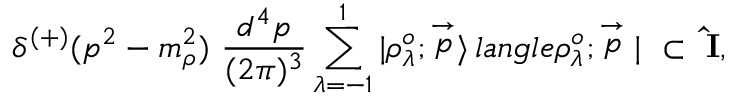
\delta ^ { ( + ) } ( p ^ { 2 } - m _ { \rho } ^ { 2 } ) \ \frac { d ^ { 4 } p } { ( 2 \pi ) ^ { 3 } } \sum _ { \lambda = - 1 } ^ { 1 } | \rho _ { \lambda } ^ { o } ; \stackrel { \rightarrow } { p } \rangle \, l a n g l e \rho _ { \lambda } ^ { o } ; \stackrel { \rightarrow } { p } | \ \subset \ { \bf \hat { I } } ,